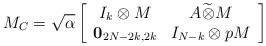
LaTeX: \begin{align*}M_C=\sqrt{\alpha}\left[\begin{array}{cc}I_k\otimes M & A \widetilde{\otimes} M \\{\bf 0}_{2N-2k,2k}& I_{N-k}\otimes pM\end{array}\right]\end{align*}